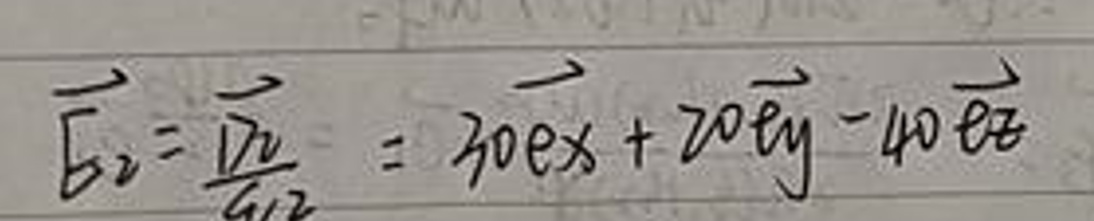
\[
\overrightarrow{E_2}=\frac{\overrightarrow{D_2}}{\epsilon_0}=30\overrightarrow{e_x}+20\overrightarrow{e_y}-40\overrightarrow{e_z}
\]